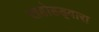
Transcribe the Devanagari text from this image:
खहोहड्वारा